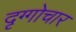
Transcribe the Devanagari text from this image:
दृग्गोचार